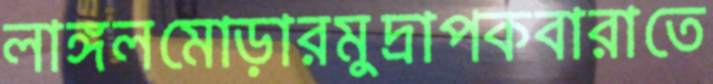
লাঙ্গলমোড়ারমুদ্রাপকবারাতে